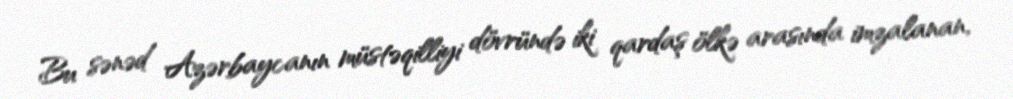
Bu sənəd Azərbaycanın müstəqilliyi dövründə iki qardaş ölkə arasında imzalanan,